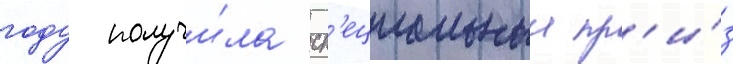
году получи́ла сп'ециальныи пр'и́з